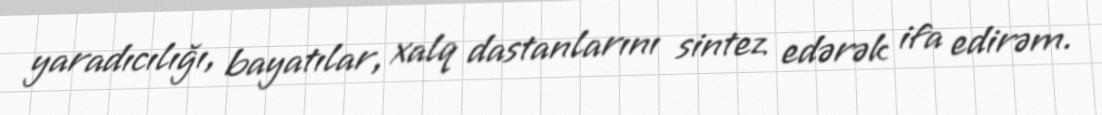
yaradıcılığı, bayatılar, xalq dastanlarını sintez edərək ifa edirəm.